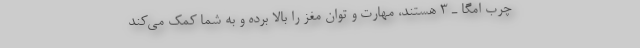
چرب امگا ـ ۳ هستند، مهارت و توان مغز را بالا برده و به شما کمک می‌کند